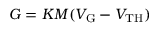
G = K M ( V _ { \mathrm { G } } - V _ { \mathrm { T H } } )